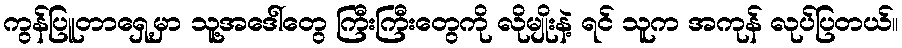
ကွန်ပြူတာရှေ့မှာ သူ့အဒေါ်တွေ ကြီးကြီးတွေကို လိုမျိုးနဲ့ ရင် သူက အကုန် လုပ်ပြတယ်။